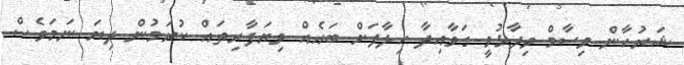
ޝަރުހާން ވިސާމް ވިދާޅުވީ ގަވާއިދާ ހިލާފަށް ބައެއް ވިޔަފާރިތައް ކުރަމުން ދިޔަ ނަމަވެސް